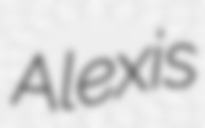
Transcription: Alexis